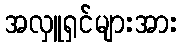
အလှူရှင်များအား